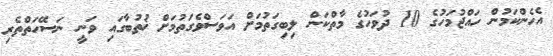
އެހެންކަމުން ހައްޖުމަހުގެ 10 ދުވަހުގެ މާތްކަން ލިބިގަތުމަށް އަވަސްވެގަތުމަށް ޚުތުބާގައި ވަނީ ނަސޭހަތްތެރި